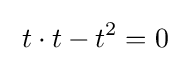
\;t\cdot t-t^{2}=0\;